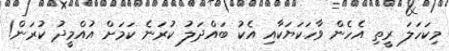
މިކަހަލަ ރީތި އެހެން ވާހަކަޔަކާއި އެކު ބައްދަލު ކުރަނެ ކަމަށް އުއްމީދު ކުރަން!